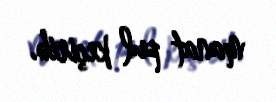
manat pul keçirib.